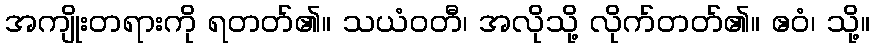
အကျိုးတရားကို ရတတ်၏။ သယံဝတီ၊ အလိုသို့ လိုက်တတ်၏။ ဧဝံ၊ သို့။